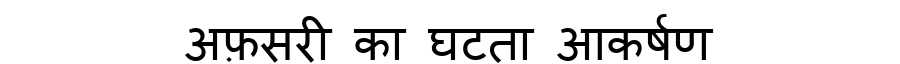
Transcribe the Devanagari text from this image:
अफ़सरी का घटता आकर्षण